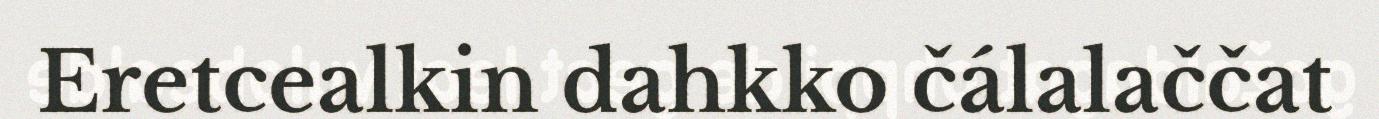
Eretcealkin dahkko čálalaččat